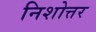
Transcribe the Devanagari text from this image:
निशोत्तर